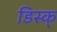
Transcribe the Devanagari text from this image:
डिस्क्